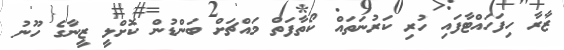
ޒާރާ ހިފަހައްޓާފައި ހުރި ކަރުނަތައް ކޯތާފަތް މައްޗަށް ބަންޑުން ކޮށްލީ ޒީނާގެ ހޫނު